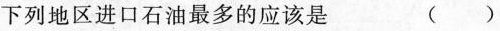
下列地区进口石油最多的应该是 ( )